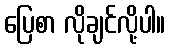
ပြေစာ လိုချင်လို့ပါ။